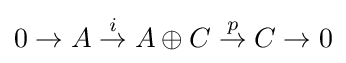
0\to A\mathrel {\stackrel {i}{\to }} A\oplus C\mathrel {\stackrel {p}{\to }} C\to 0